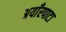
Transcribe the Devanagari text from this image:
अयाँरपाटा